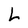
Character: L